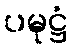
ပမုဋ္ဌံ